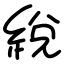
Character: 綐